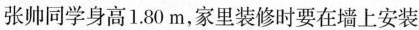
张帅同学身高1.80m，家里装修时要在墙上安装